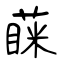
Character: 蔝